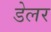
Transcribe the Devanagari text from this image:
डेलर